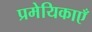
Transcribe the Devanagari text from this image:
प्रमेयिकाएँ